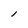
Character: l